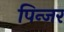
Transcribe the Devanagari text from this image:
पिन्जर